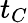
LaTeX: t_{C}